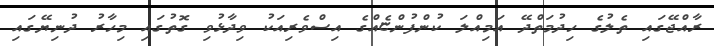
ރާއްޖޭގައި ތެލުގެ ހިދުމަތްދޭ އަމިއްލަ ކުންފުންޏެއްގެ އިސްވެރިއަކު ވިދާޅުވި ގޮތުގައި މިހާރު ދުނިޔޭގައި